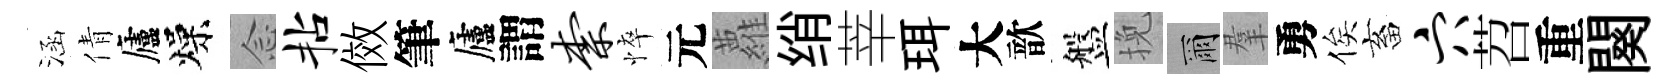
涵倩廬燥𫝹拈傚筆廬謂柰悴元蘿绡莘珥大歆盤挽爾羣勇俟畜穴苕重闋